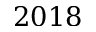
2 0 1 8